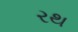
રથ